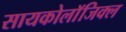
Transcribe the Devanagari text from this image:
सायकोलाॅजिक्ल